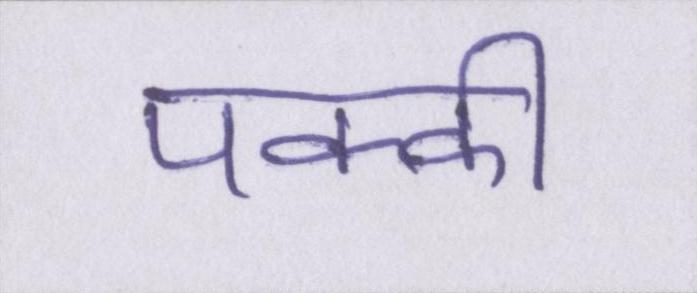
पक्की